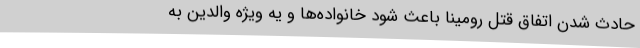
حادث شدن اتفاق قتل رومینا باعث شود خانواده‌ها و یه ویژه والدین به